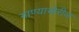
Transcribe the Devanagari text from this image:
गाण्याखेरीज